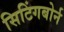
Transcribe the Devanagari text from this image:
सिटिंगबोर्न